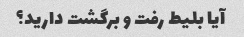
آیا بلیط رفت و برگشت دارید؟